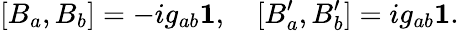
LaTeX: [B_{a},B_{b}]=-ig_{ab}{\mathbf 1},~~~~[B_{a}^{\prime},B_{b}^{\prime}]=ig_{ab}{\mathbf 1}.